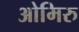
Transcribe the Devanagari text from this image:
ओमिरु